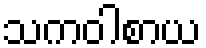
သကဝါစာယ